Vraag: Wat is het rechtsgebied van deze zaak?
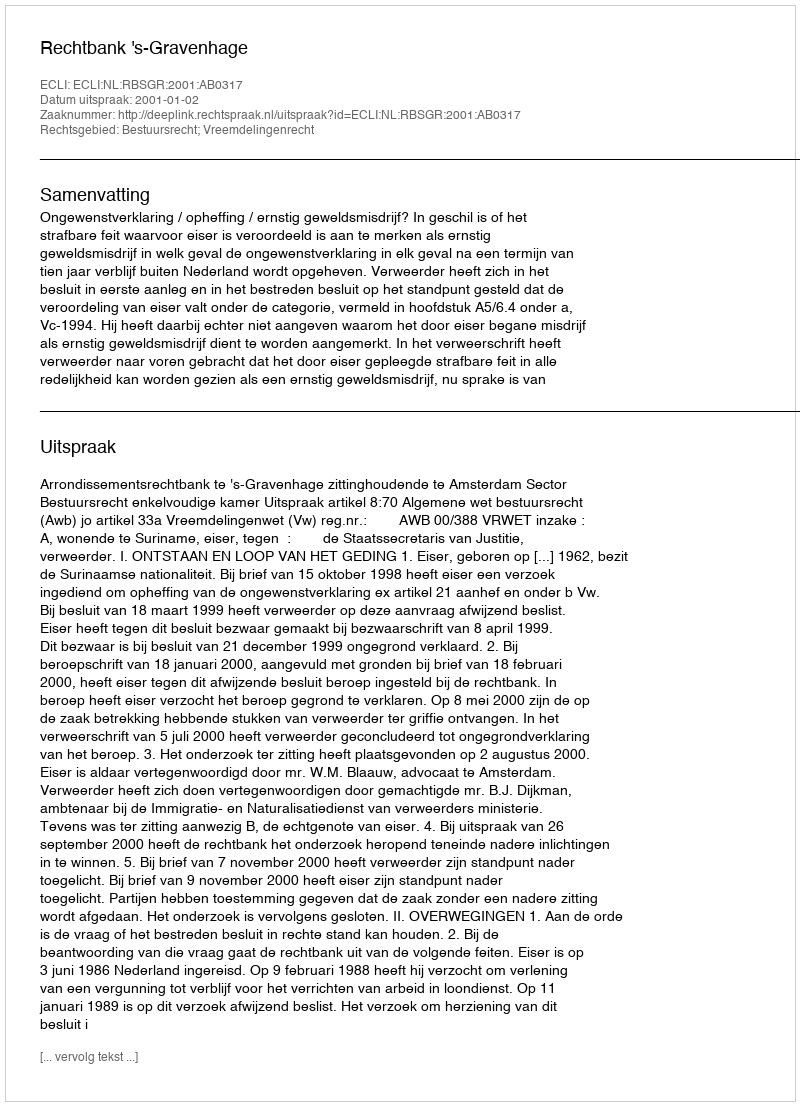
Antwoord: Bestuursrecht; Vreemdelingenrecht